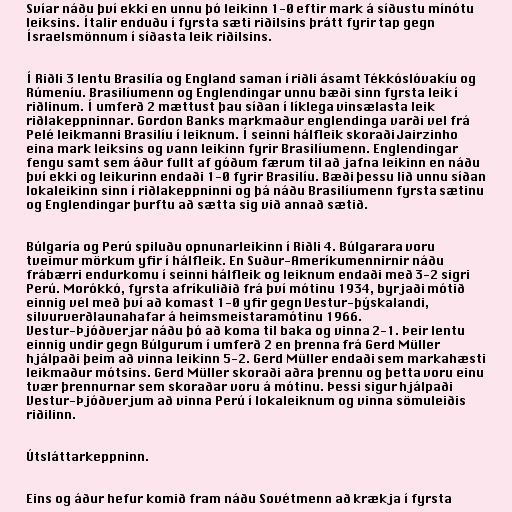
Svíar náðu því ekki en unnu þó leikinn 1-0 eftir mark á síðustu mínótu
leiksins. Ítalir enduðu í fyrsta sæti riðilsins þrátt fyrir tap gegn
Ísraelsmönnum í síðasta leik riðilsins.

Í Riðli 3 lentu Brasilía og England saman í riðli ásamt Tékkóslóvakíu og
Rúmeníu. Brasilíumenn og Englendingar unnu bæði sinn fyrsta leik í
riðlinum. Í umferð 2 mættust þau síðan í líklega vinsælasta leik
riðlakeppninnar. Gordon Banks markmaður englendinga varði vel frá
Pelé leikmanni Brasilíu í leiknum. Í seinni hálfleik skoraði Jairzinho
eina mark leiksins og vann leikinn fyrir Brasilíumenn. Englendingar
fengu samt sem áður fullt af góðum færum til að jafna leikinn en náðu
því ekki og leikurinn endaði 1-0 fyrir Brasilíu. Bæði þessu lið unnu síðan
lokaleikinn sinn í riðlakeppninni og þá náðu Brasilíumenn fyrsta sætinu
og Englendingar þurftu að sætta sig við annað sætið.

Búlgaría og Perú spiluðu opnunarleikinn í Riðli 4. Búlgarara voru
tveimur mörkum yfir í hálfleik. En Suður-Ameríkumennirnir náðu
frábærri endurkomu í seinni hálfleik og leiknum endaði með 3-2 sigri
Perú. Morókkó, fyrsta afríkuliðið frá því mótinu 1934, byrjaði mótið
einnig vel með því að komast 1-0 yfir gegn Vestur-þýskalandi,
silvurverðlaunahafar á heimsmeistaramótinu 1966.
Vestur-Þjóðverjar náðu þó að koma til baka og vinna 2-1. Þeir lentu
einnig undir gegn Búlgurum í umferð 2 en þrenna frá Gerd Müller
hjálpaði þeim að vinna leikinn 5-2. Gerd Müller endaði sem markahæsti
leikmaður mótsins. Gerd Müller skoraði aðra þrennu og þetta voru einu
tvær þrennurnar sem skoraðar voru á mótinu. Þessi sigur hjálpaði
Vestur-Þjóðverjum að vinna Perú í lokaleiknum og vinna sömuleiðis
riðilinn.

Útsláttarkeppninn.

Eins og áður hefur komið fram náðu Sovétmenn að krækja í fyrsta